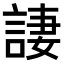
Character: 𫌿